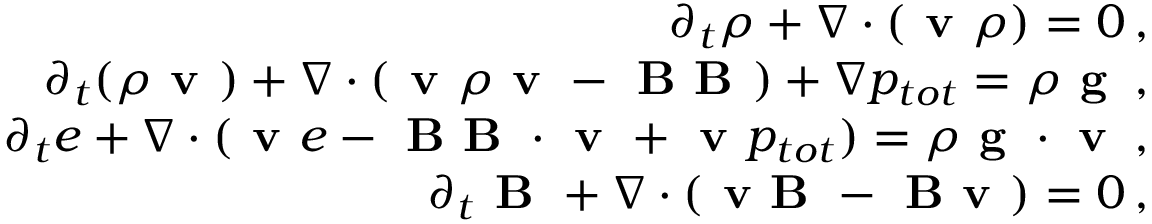
\begin{array} { r } { \partial _ { t } \rho + \nabla \cdot ( \textbf { v } \rho ) = 0 \, , } \\ { \partial _ { t } ( \rho \textbf { v } ) + \nabla \cdot ( \textbf { v } \rho \textbf { v } - \textbf { B B } ) + \nabla p _ { t o t } = \rho \textbf { g } \, , } \\ { \partial _ { t } e + \nabla \cdot ( \textbf { v } e - \textbf { B B } \cdot \textbf { v } + \textbf { v } p _ { t o t } ) = \rho \textbf { g } \cdot \textbf { v } \, , } \\ { \partial _ { t } \textbf { B } + \nabla \cdot ( \textbf { v B } - \textbf { B v } ) = 0 \, , } \end{array}